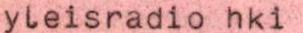
yleisradio hki